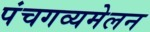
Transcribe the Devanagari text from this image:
पंचगव्यमेलन